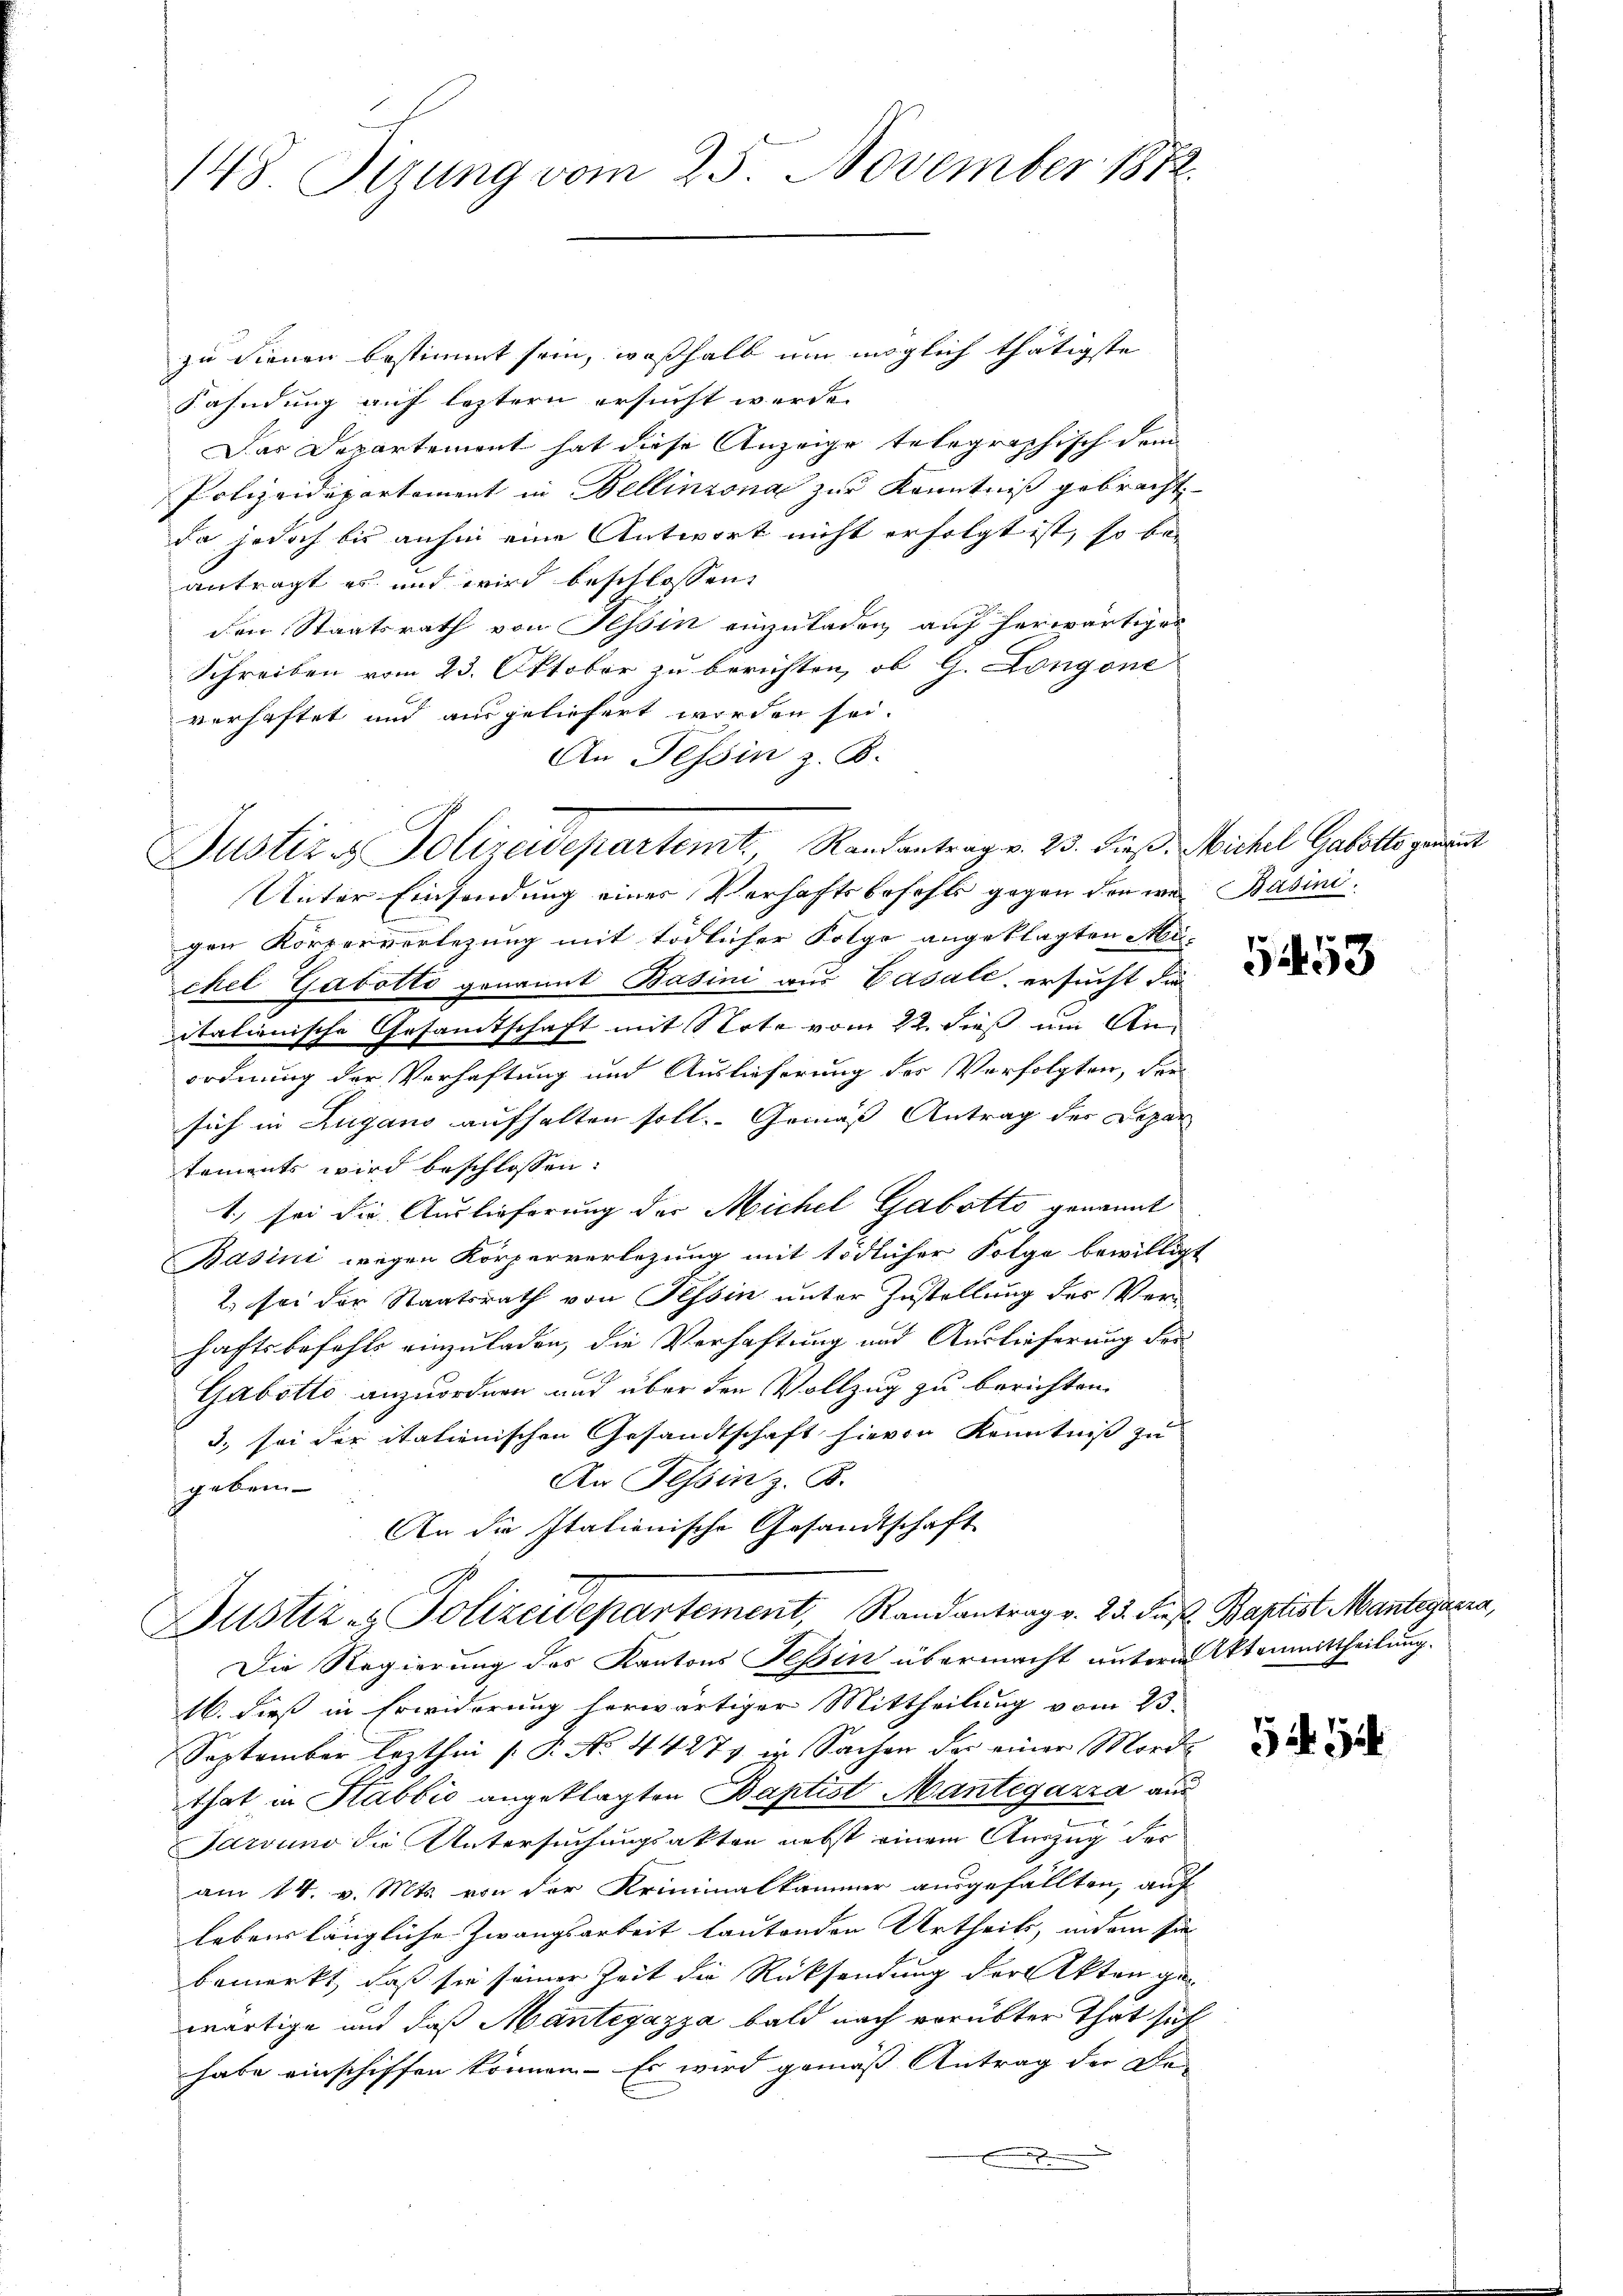
zu dienen bestimmt sein, weßhalb um möglich thätigste
Fahndung auf leztern ersucht werde.
Das Departement hat diese Anzeige telegraphisch dem
Polizeidepartement in Bellinzona zur Kenntniß gebracht.
da jedoch bis anhin eine Antwort nicht erfolgt ist, so beantragt es und wird beschlossen:
den Staatsrath von Tessin einzuladen auf herwärtiges
Schreiben vom 23. Oktober zu berichten, ob G. Longone
verhaftet und ausgeliefert worden sei.
An Tessin z. B.
Justiz & Polizeidepartemt, Randantrag v. 23. Dies Michel Gabotte geme

148. Pirung vom 25. November 181

Unter Einsendung einer Verhaftsbefehls gegen den war Basini.
gen Körperverlegung mit tödlicher Folge angeklagten Muchel Gabotto genannt Basini aus Casale, ersucht die
itationische Gesamtschaft mit Note vom 22. dieß um Anordnung der Verhaftung und Auslieferung der Verfolgten, den
sich in Zugano aufhalten soll. Gemäß Antrag der Depar
taments wird beschlossen:
1) sei die Auslieferung der Michel Gabotto genannt
Basini wegen Körperverlegung mit tödlicher Folge bewilligt
2. sei der Staatsrath von Tessin unter Zustellung der Verhaftsbefehls einzuladen, die Verhaftung und Auslieferung der
Gabotto anzuordnen und über den Vollzug zu berichten.
3. sei der itationischen Gesandtschaft hievon Kenntniß zu
An Tessin z. B.
geben
An die Italionische Gesandtschaft
Justiz- & Polizeidepartement, Randantrag v. 2. 5. Fuß Baptist Mantegaera
Die Regierung des Kantons Tessin übermacht unterm Utenmittheilung.
16. dieß in Erwiderung herwärtiger Mittheilung vom 23.
September lezthin (: P. No. 4427. Sachen der einer Morde
that in Stabbić angeklagten Baptist Mantegazza aus
Sarvuno die Untersuchungsakten nebst einem Auszug der
am 14. v. Mts. von der Kriminalkammer ausgefällten, auf
lebenslängliche Zwangsarbeit lautenden Urtheils, indem sie
bemerkt, daß sie seiner Zeit die Rücksendung der Akten gewärtige und daß Mantegazza bald nach vorübter That sich
habe einschiffen können. Es wird gemäß Antrag der De
.

1253

5494